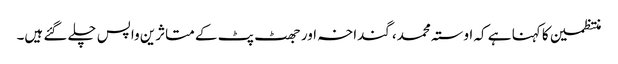
منتظمین کا کہنا ہے کہ اوستہ محمد، گنداخہ اور جھٹ پٹ کے متاثرین واپس چلے گئے ہیں۔